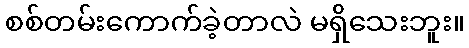
စစ်တမ်းကောက်ခဲ့တာလဲ မရှိသေးဘူး။